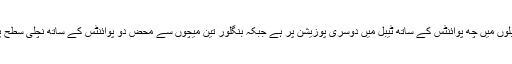
چینائی چار مقابلوں میں چھ پوائنٹس کے ساتھ ٹیبل میں دوسری پوزیشن پر ہے جبکہ بنگلور تین میچوں سے محض دو پوائنٹس کے ساتھ نچلی سطح پر پریشان ہے ۔